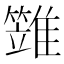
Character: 𩀩